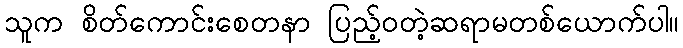
သူက စိတ်ကောင်းစေတနာ ပြည့်ဝတဲ့ဆရာမတစ်ယောက်ပါ။